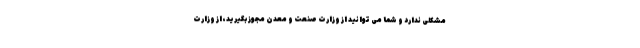
مشکلی ندارد و شما می توانید از وزارت صنعت و معدن مجوز بگیرید، از وزارت